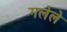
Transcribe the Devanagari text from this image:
गलेले